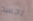
بجسد